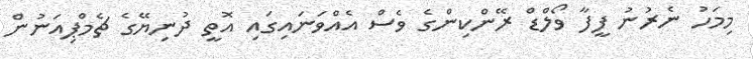
މިމަހު ނެރުނު ފީފާ ވޯލްޑް ރޭންކިންގެ ވެސް އެއްވަނައިގައި އޮތީ ދުނިޔޭގެ ޗެމްޕިއަނުން